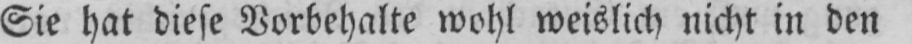
Sie hat diese Vorbehalte wohl weislich nicht in den